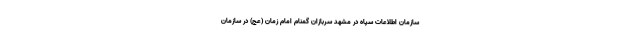
سازمان اطلاعات سپاه در مشهد سربازان گمنام امام زمان (عج) در سازمان